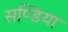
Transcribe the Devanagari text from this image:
सण्डिया